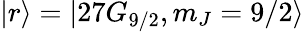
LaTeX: |r\rangle=|27G_{9/2},m_{J}=9/2\rangle